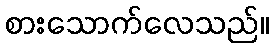
စားသောက်လေသည်။